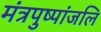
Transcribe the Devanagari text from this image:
मंत्रपुष्पांजलि